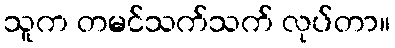
သူက တမင်သက်သက် လုပ်တာ။